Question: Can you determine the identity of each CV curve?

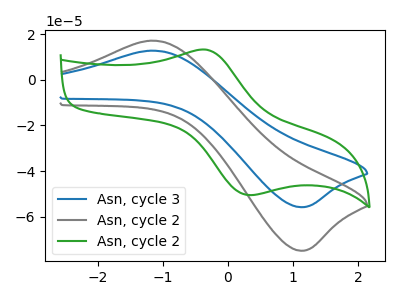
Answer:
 <answer>The blue curve is labeled "Asn, cycle 3". The gray curve is labeled "Asn, cycle 2". The green curve is labeled "Asn, cycle 2".</answer>
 <eval></eval>